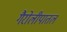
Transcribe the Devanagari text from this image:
गैरोलीपातल